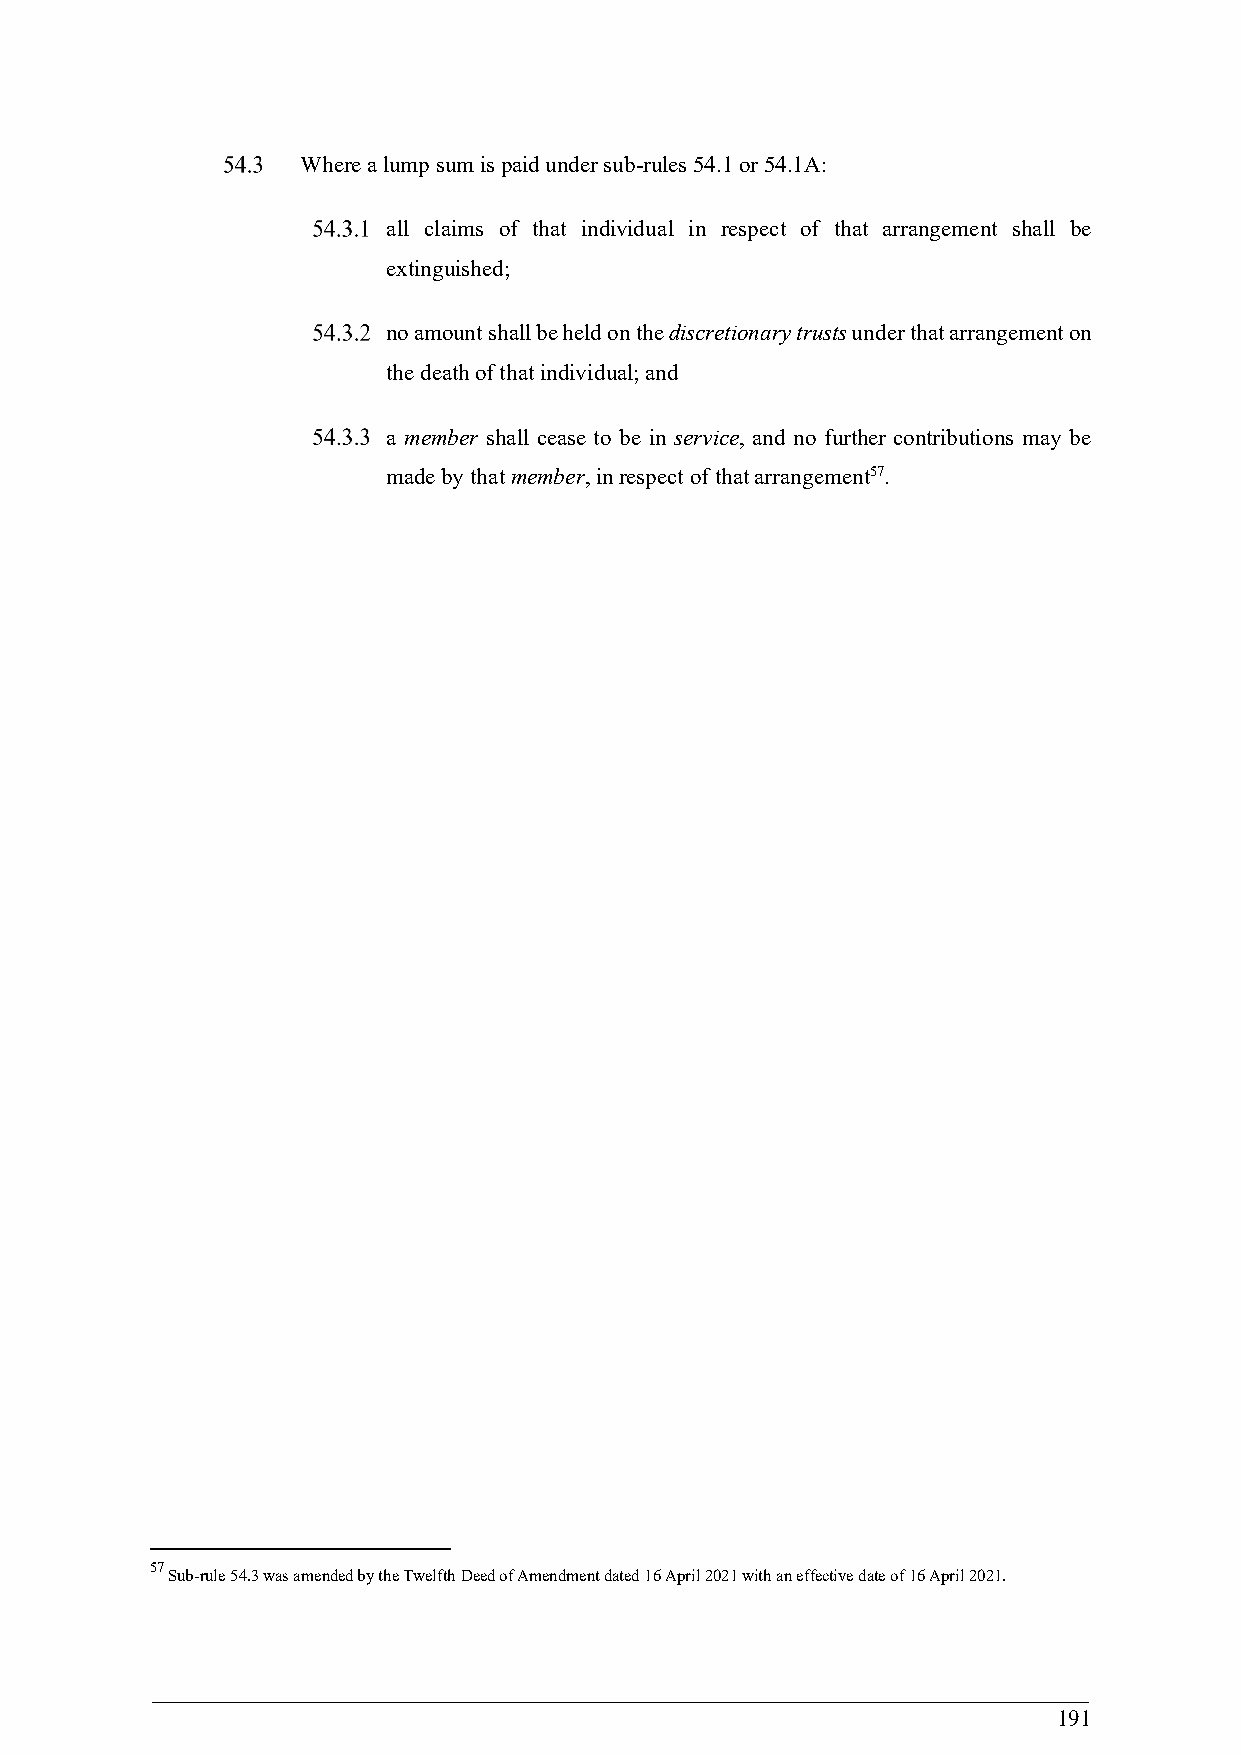
Where a lump sum is paid under sub-rules 54.1 or 54.1A:
 all claims of that individual in respect of that arrangement shall be
 extinguished;
 no amount shall be held on the discretionary trusts under that arrangement on
 the death of that individual; and
 a member shall cease to be in service, and no further contributions may be
 made by that member, in respect of that arrangement57.
 57
 Sub-rule 54.3 was amended by the Twelfth Deed of Amendment dated 16 April 2021 with an effective date of 16 April 2021.
 191